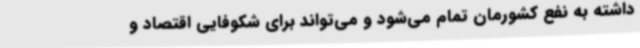
داشته به نفع کشورمان تمام می‌شود و می‌تواند برای شکوفایی اقتصاد و